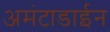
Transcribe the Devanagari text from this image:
अमंटाडाईन